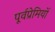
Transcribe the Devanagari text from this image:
पूर्वप्रेमियों